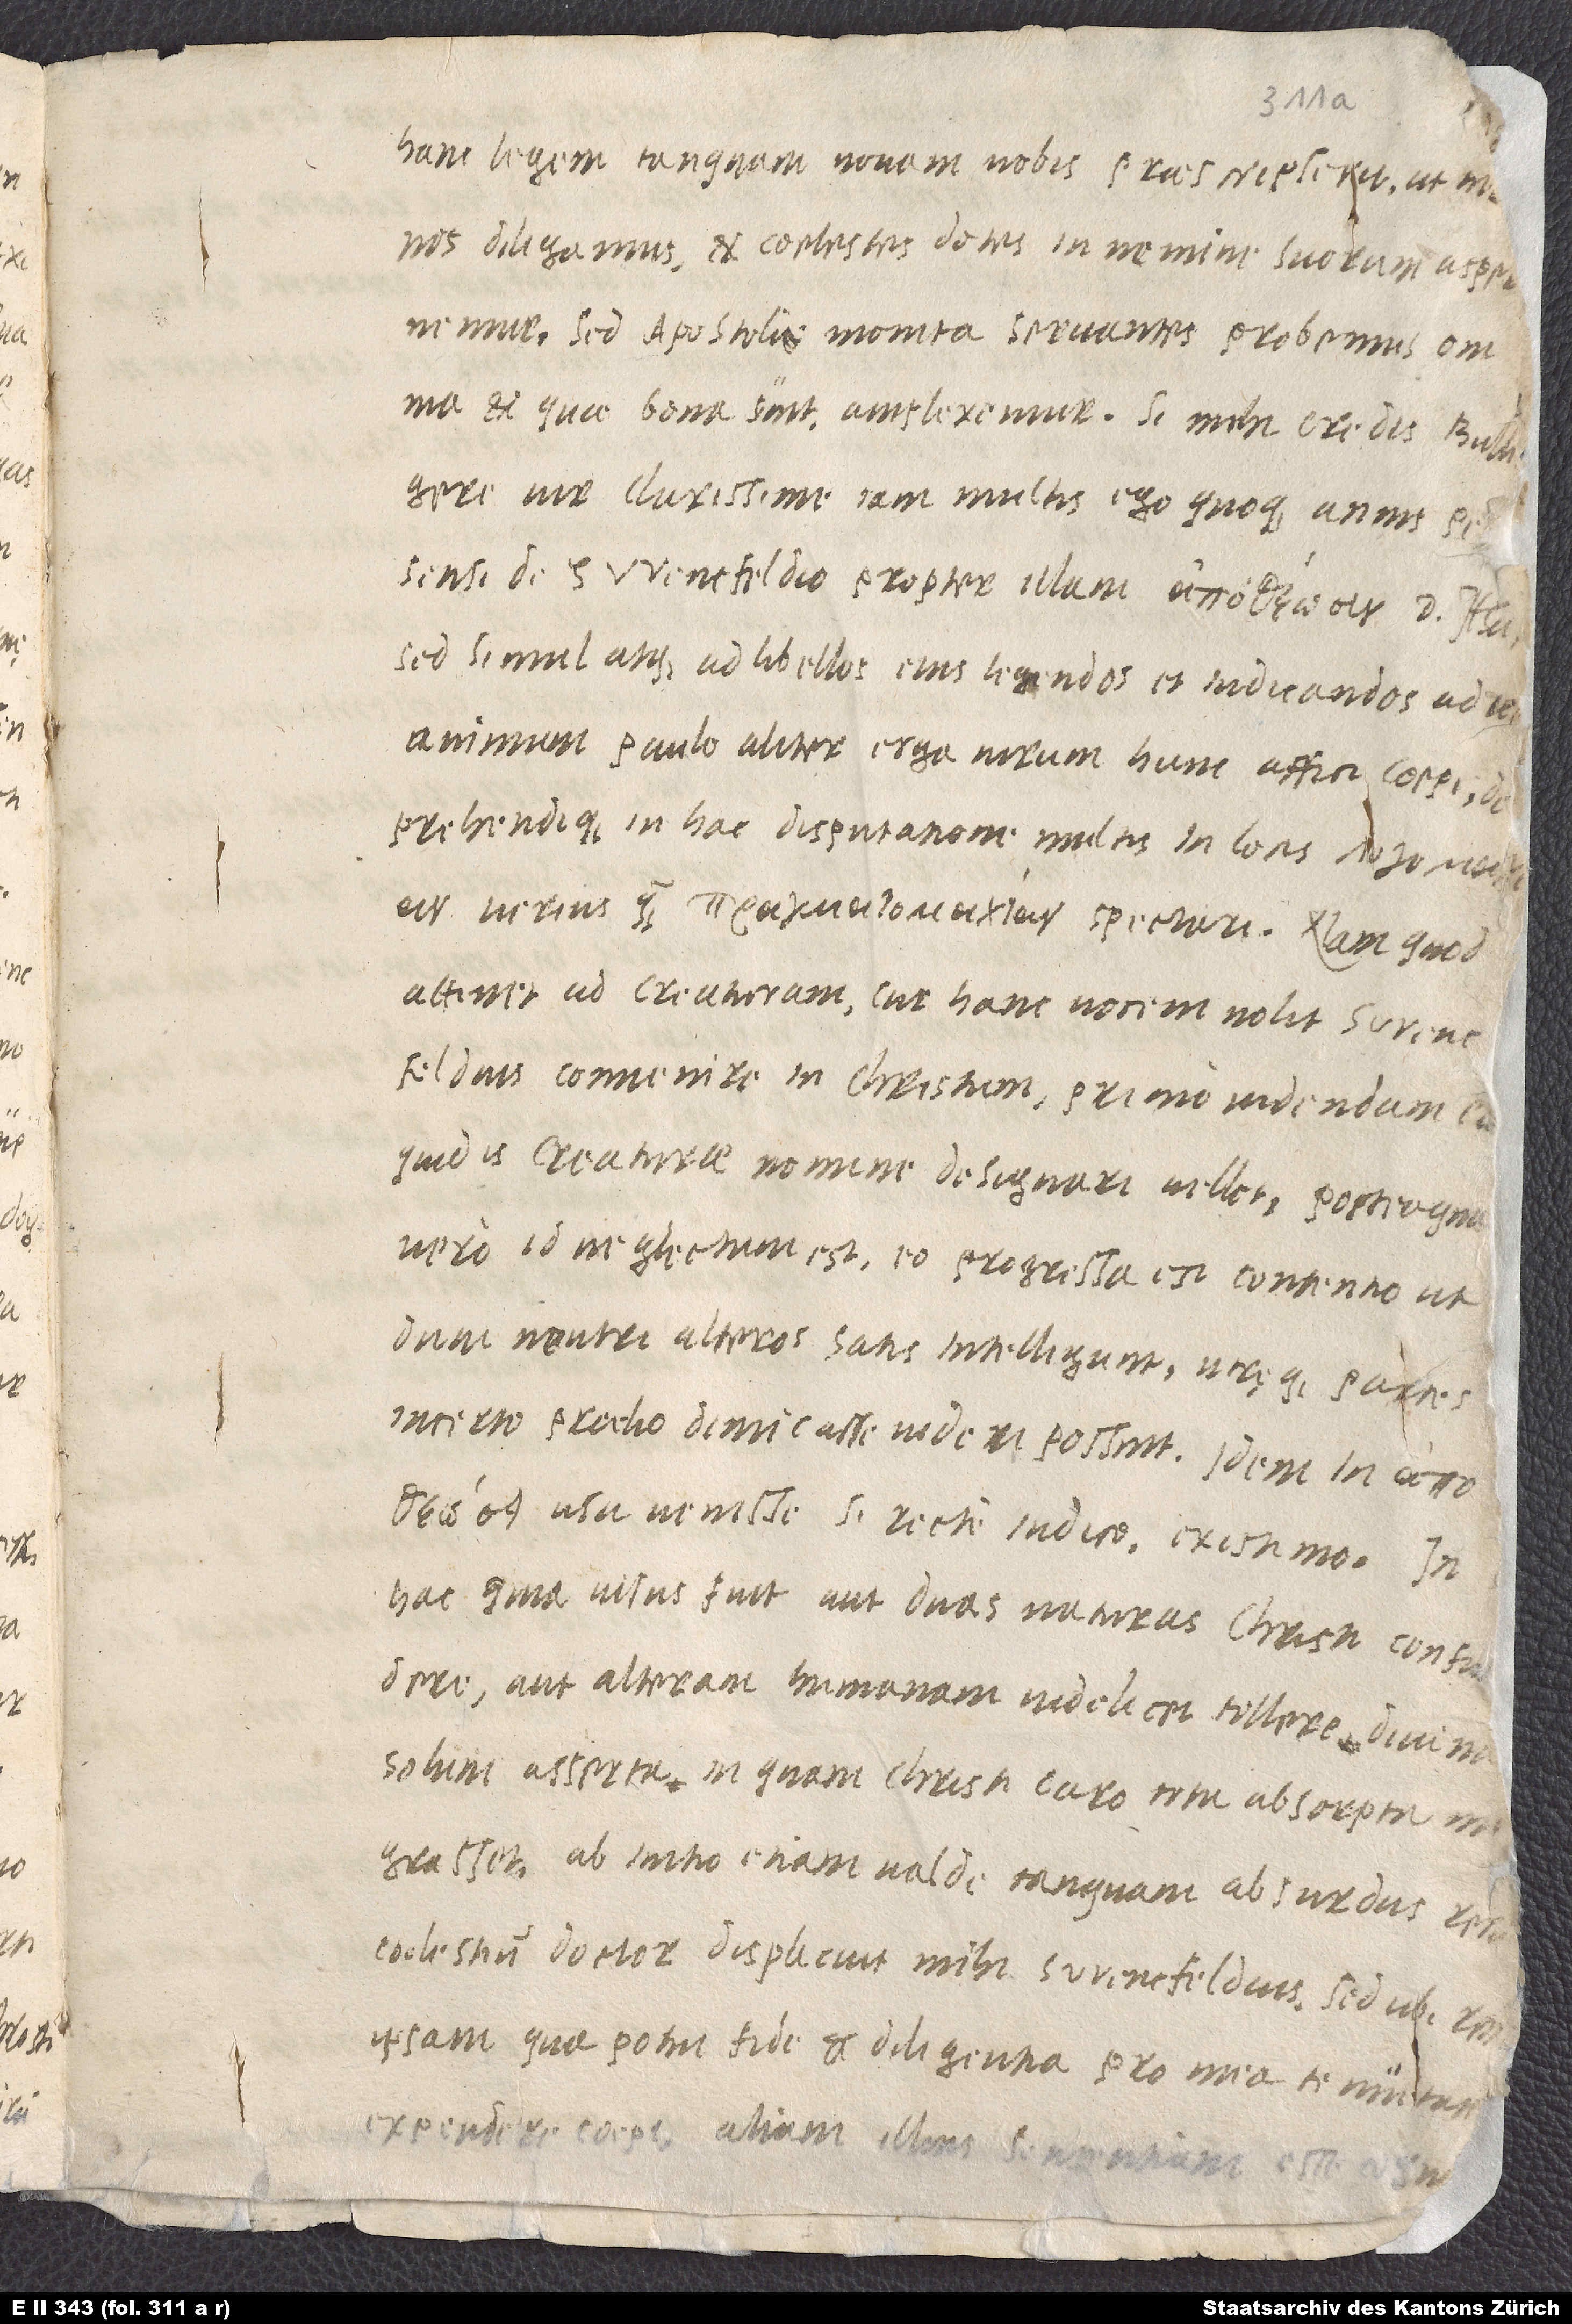
nos diligamus et coelestes dotes in nemine suorum aspernemur,
sed apostoli monita servantes probemus omnia
et, quae bona sunt, amplexemur. Si mihi credis, Bulli,
quid is creaturae nomine designari vellet. Posteaquam
vero id neglectum est, eo progressa est contentio, ut,
dum neutri alteros satis intelligunt, utręque partes
incerto proelio dimicasse videri possint. Idem in
usu venisse, si recte iudico, existimo. In
hac, quia visus fuit aut duas naturas Christi confundere,
aut alteram, humanam videlicet, tollere divina
solum asserta (in quam Christi caro tota absorpta
migrasset), ab initio etiam valde, tanquam absurdus rer,